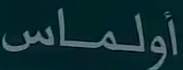
أولماس